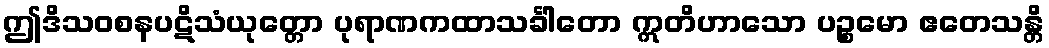
ဤဒိသဝစနပဋိသံယုတ္တော ပုရာဏကထာသင်္ခါတော ဣတိဟာသော ပဉ္စမော ဧတေသန္တိ